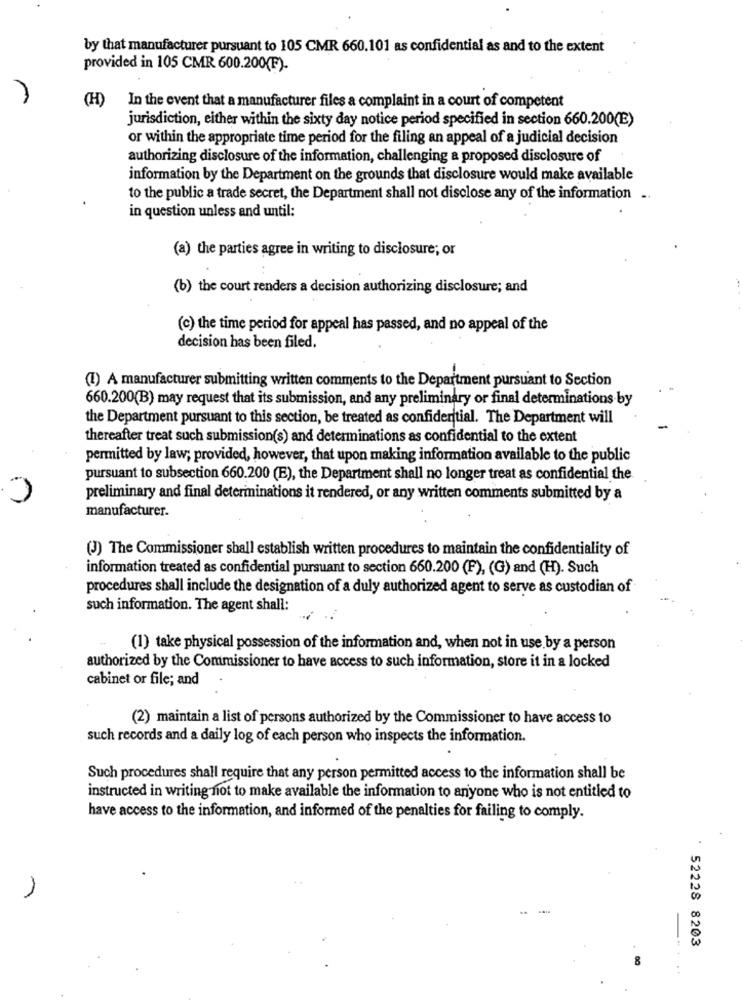
by that manufacturer pursuant to 105 CMR 660.101 as confidential as and to the extent
provided in 105 CMR 600.200(F).
(H)
In the event that a manufacturer files a complaint in a court of competent
jurisdiction, either within the sixty day notice period specified in section 660.200(E)
or within the appropriate time period for the filing an appeal of a judicial decision
authorizing disclosure of the information, challenging a proposed disclosure of
information by the Department on the grounds that disclosure would make available
to the public a trade secret, the Department shall not disclose any of the information ..
in question unless and until:
(a) the parties agree in writing to disclosure; or
(b) the court renders a decision authorizing disclosure; and
(c) the time period for appeal has passed, and no appeal of the
decision has been filed.
(1) A manufacturer submitting written comments to the Department pursuant to Section
660.200(B) may request that its submission, and any preliminary or final determinations by
the Department pursuant to this section, be treated as confidential. The Department will
thereafter treat such submission(s) and determinations as confidential to the extent
permitted by law; provided, however, that upon making information available to the public
pursuant to subsection 660.200 (E), the Department shall no longer treat as confidential the
preliminary and final determinations it rendered, or any written comments submitted by a
manufacturer.
(J) The Commissioner shall establish written procedures to maintain the confidentiality of
information treated as confidential pursuant to section 660.200 (F), (G) and (H). Such
procedures shall include the designation of a duly authorized agent to serve as custodian of
such information. The agent shall:
(1) take physical possession of the information and, when not in use by a person
authorized by the Commissioner to have access to such information, store it in a locked
cabinet or file; and
(2) maintain a list of persons authorized by the Commissioner to have access to
such records and a daily log of each person who inspects the information.
Such procedures shall require that any person permitted access to the information shall be
instructed in writing not to make available the information to anyone who is not entitled to
have access to the information, and informed of the penalties for failing to comply.
52228 8203